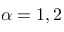
\alpha = 1 , 2